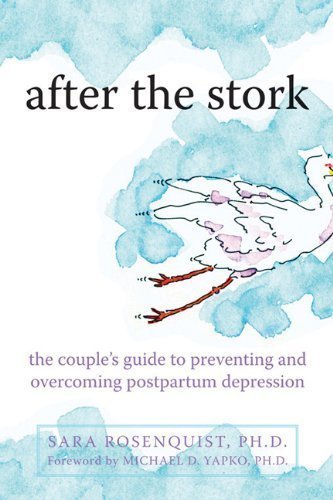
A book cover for After the Stork: The Couple's Guide to Preventing and Overcoming Postpartum Depression by Sara Rosenquist (Sep 15 2010); Health, Fitness & Dieting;